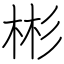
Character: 彬